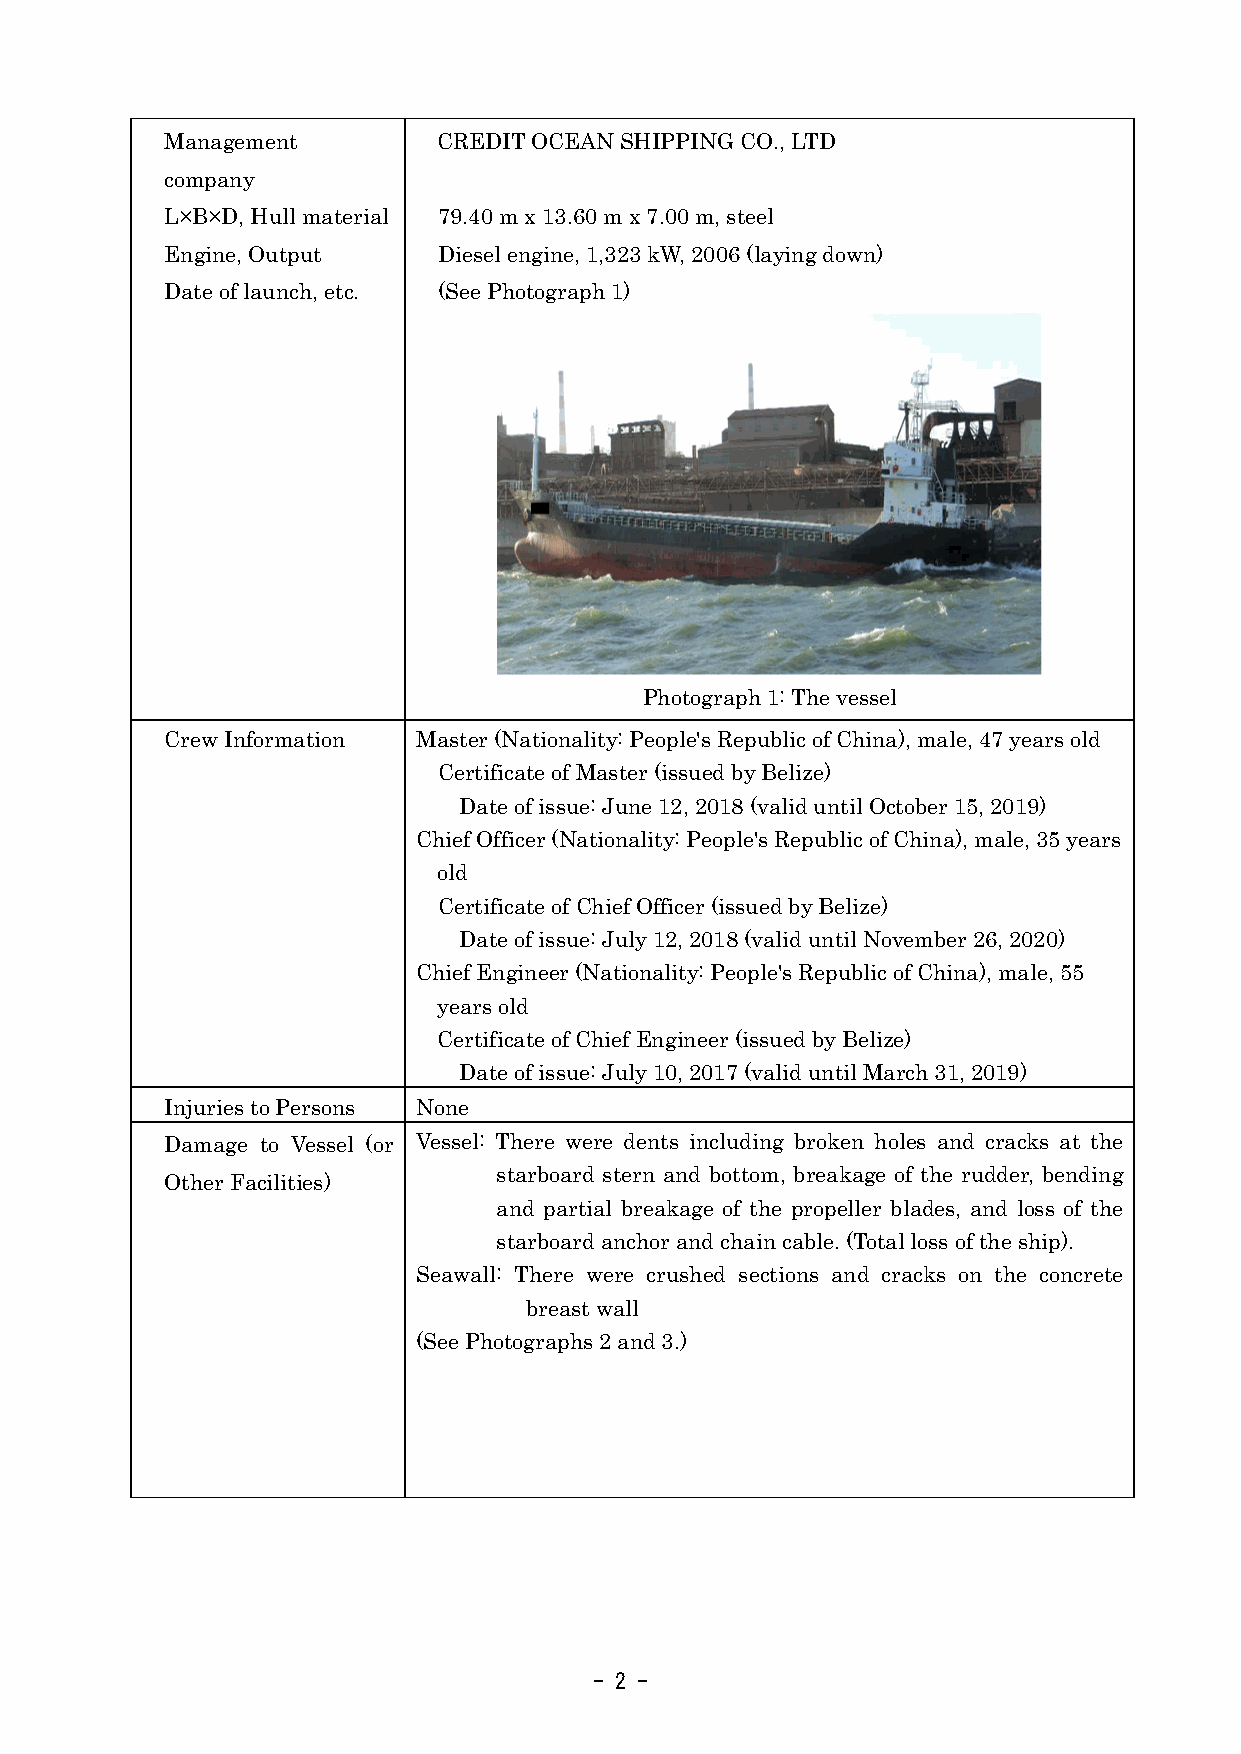
Management        CREDIT OCEAN SHIPPING CO., LTD
 company
 L×B×D, Hull material 79.40 m x 13.60 m x 7.00 m, steel
 Engine, Output    Diesel engine, 1,323 kW, 2006 (laying down)
 Date of launch, etc. (See Photograph 1)
 Photograph 1: The vessel
 Crew Information Master (Nationality: People's Republic of China), male, 47 years old
 Certificate of Master (issued by Belize)
 Date of issue: June 12, 2018 (valid until October 15, 2019)
 Chief Officer (Nationality: People's Republic of China), male, 35 years
 old
 Certificate of Chief Officer (issued by Belize)
 Date of issue: July 12, 2018 (valid until November 26, 2020)
 Chief Engineer (Nationality: People's Republic of China), male, 55
 years old
 Certificate of Chief Engineer (issued by Belize)
 Date of issue: July 10, 2017 (valid until March 31, 2019)
 Injuries to Persons None
 Damage to Vessel (or Vessel: There were dents including broken holes and cracks at the
 starboard stern and bottom, breakage of the rudder, bending
 Other Facilities)
 and partial breakage of the propeller blades, and loss of the
 starboard anchor and chain cable. (Total loss of the ship).
 Seawall: There were crushed sections and cracks on the concrete
 breast wall
 (See Photographs 2 and 3.)
 - 2 -